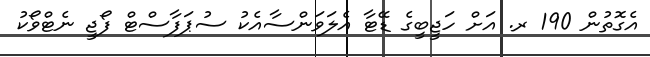
އެގޮތުން 190 ރ. އަށް ހަޖީބީގެ ޑޭޓާ އެލަވަންސާއެކު ސުޕަފާސްޓް ފޯޖީ ނެޓްވޯކު